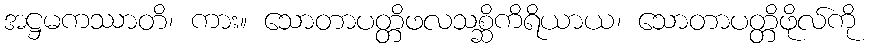
အဋ္ဌမကဿာတိ၊ ကား။ သောတာပတ္တိဖလသစ္ဆိကိရိယာယ၊ သောတာပတ္တိဖိုလ်ကို